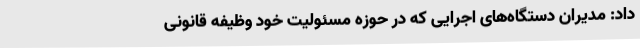
داد: مدیران دستگاه‌های اجرایی که در حوزه مسئولیت خود وظیفه قانونی